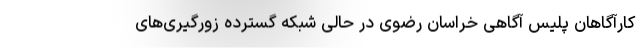
کارآگاهان پلیس آگاهی خراسان رضوی در حالی شبکه گسترده زورگیری‌های